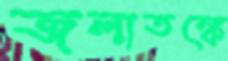
জলাতঙ্কে